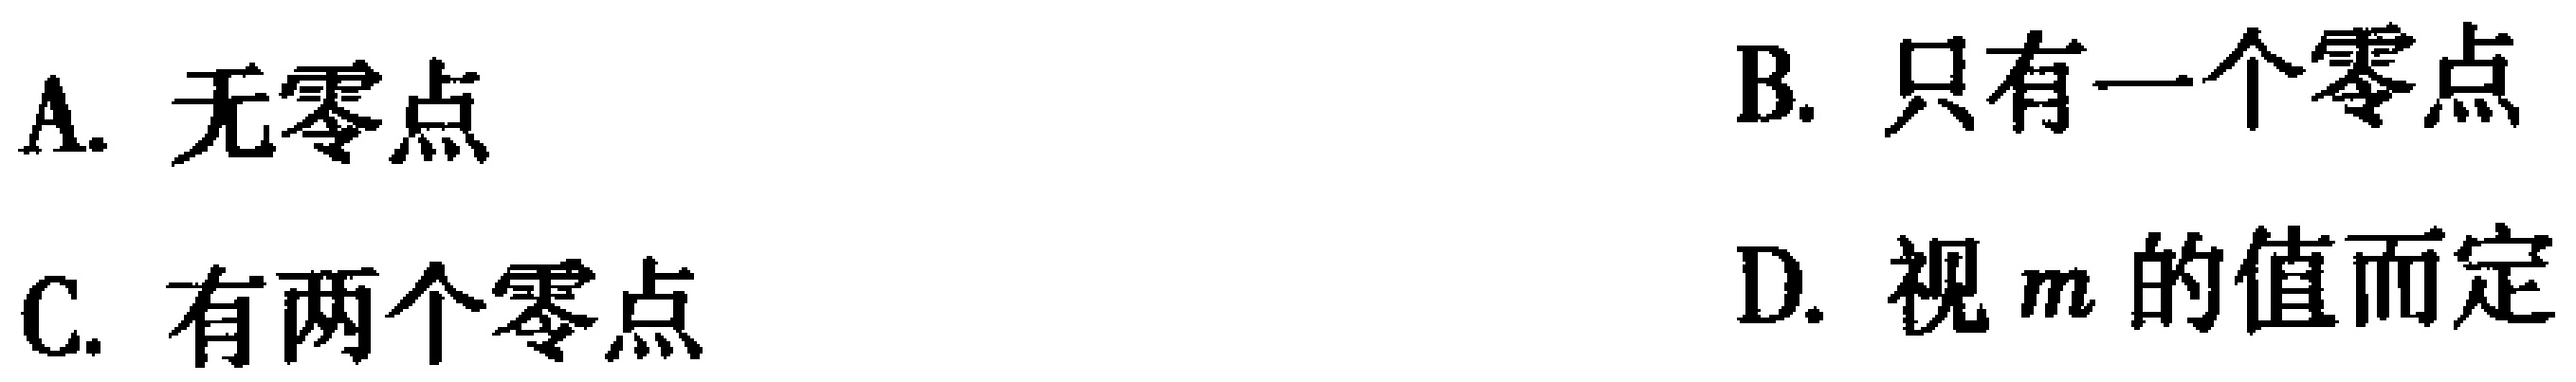
A. 无零点

B. 只有一个零点

C. 有两个零点

D. 视\(m\)的值而定